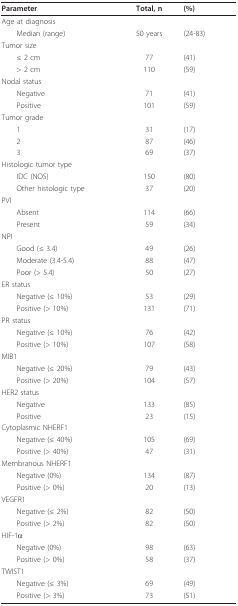
<table><thead><tr><td><b>Parameter</b></td><td><b>Total, n</b></td><td><b>(%)</b></td></tr></thead><tbody><tr><td>Age at diagnosis</td><td></td><td></td></tr><tr><td> Median (range)</td><td>50 years</td><td>(24-83)</td></tr><tr><td>Tumor size</td><td></td><td></td></tr><tr><td> ≤ 2 cm</td><td>77</td><td>(41)</td></tr><tr><td> &gt; 2 cm</td><td>110</td><td>(59)</td></tr><tr><td>Nodal status</td><td></td><td></td></tr><tr><td> Negative</td><td>71</td><td>(41)</td></tr><tr><td> Positive</td><td>101</td><td>(59)</td></tr><tr><td>Tumor grade</td><td></td><td></td></tr><tr><td> 1</td><td>31</td><td>(17)</td></tr><tr><td> 2</td><td>87</td><td>(46)</td></tr><tr><td> 3</td><td>69</td><td>(37)</td></tr><tr><td>Histologic tumor type</td><td></td><td></td></tr><tr><td> IDC (NOS)</td><td>150</td><td>(80)</td></tr><tr><td> Other histologic type</td><td>37</td><td>(20)</td></tr><tr><td>PVI</td><td></td><td></td></tr><tr><td> Absent</td><td>114</td><td>(66)</td></tr><tr><td> Present</td><td>59</td><td>(34)</td></tr><tr><td>NPI</td><td></td><td></td></tr><tr><td> Good (≤ 3.4)</td><td>49</td><td>(26)</td></tr><tr><td> Moderate (3.4-5.4)</td><td>88</td><td>(47)</td></tr><tr><td> Poor (&gt; 5.4)</td><td>50</td><td>(27)</td></tr><tr><td>ER status</td><td></td><td></td></tr><tr><td> Negative (≤ 10%)</td><td>53</td><td>(29)</td></tr><tr><td> Positive (&gt; 10%)</td><td>131</td><td>(71)</td></tr><tr><td>PR status</td><td></td><td></td></tr><tr><td> Negative (≤ 10%)</td><td>76</td><td>(42)</td></tr><tr><td> Positive (&gt; 10%)</td><td>107</td><td>(58)</td></tr><tr><td>MIB1</td><td></td><td></td></tr><tr><td> Negative (≤ 20%)</td><td>79</td><td>(43)</td></tr><tr><td> Positive (&gt; 20%)</td><td>104</td><td>(57)</td></tr><tr><td>HER2 status</td><td></td><td></td></tr><tr><td> Negative</td><td>133</td><td>(85)</td></tr><tr><td> Positive</td><td>23</td><td>(15)</td></tr><tr><td>Cytoplasmic NHERF1</td><td></td><td></td></tr><tr><td> Negative (≤ 40%)</td><td>105</td><td>(69)</td></tr><tr><td> Positive (&gt; 40%)</td><td>47</td><td>(31)</td></tr><tr><td>Membranous NHERF1</td><td></td><td></td></tr><tr><td> Negative (0%)</td><td>134</td><td>(87)</td></tr><tr><td> Positive (&gt; 0%)</td><td>20</td><td>(13)</td></tr><tr><td>VEGFR1</td><td></td><td></td></tr><tr><td> Negative (≤ 2%)</td><td>82</td><td>(50)</td></tr><tr><td> Positive (&gt; 2%)</td><td>82</td><td>(50)</td></tr><tr><td>HIF-1α</td><td></td><td></td></tr><tr><td> Negative (0%)</td><td>98</td><td>(63)</td></tr><tr><td> Positive (&gt; 0%)</td><td>58</td><td>(37)</td></tr><tr><td>TWIST1</td><td></td><td></td></tr><tr><td> Negative (≤ 3%)</td><td>69</td><td>(49)</td></tr><tr><td> Positive (&gt; 3%)</td><td>73</td><td>(51)</td></tr></tbody></table>